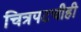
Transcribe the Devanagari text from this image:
चित्रपटचीही